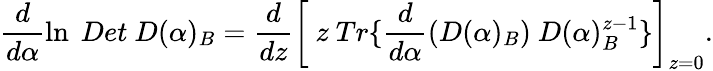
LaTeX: \frac d{d\alpha}\ln\ Det~D(\alpha)_{B}=\frac d{dz}\left[\ z\ Tr\{ \frac d{d\alpha}\left(D(\alpha)_{B}\right)\ D(\alpha)_{B}^{z-1}\} \right]_{z=0}.